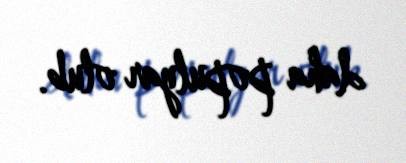
daha populyar olub.